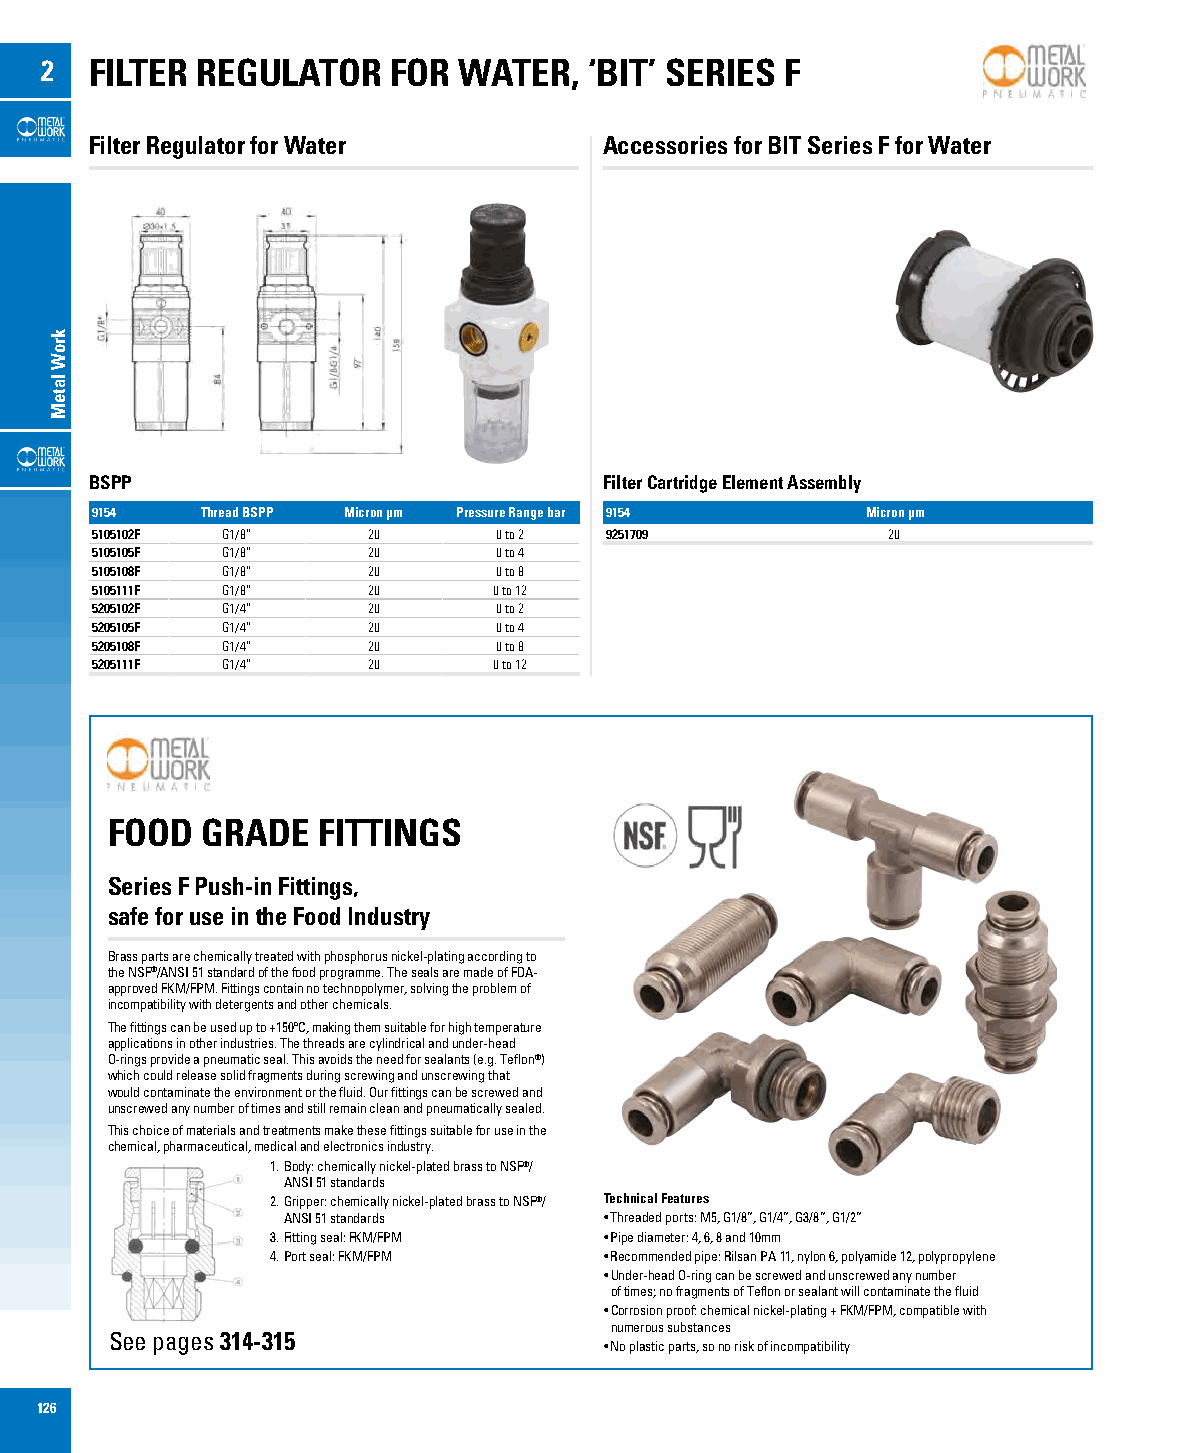
2  FILTER REGULATOR    FOR WATER,   ‘BIT’ SERIES F
 Filter Regulator for Water        Accessories for BIT Series F for Water
 BSPP                              Filter Cartridge Element Assembly
 9154   Thread BSPP Micron µm Pressure Range bar 9154 Micron µm
 5105102F G1/8”    20       0 to 2 9251709            20
 5105105F G1/8”    20       0 to 4
 5105108F G1/8”    20       0 to 8
 5105111F G1/8”    20       0 to 12
 5205102F G1/4”    20       0 to 2
 5205105F G1/4”    20       0 to 4
 5205108F G1/4”    20       0 to 8
 5205111F G1/4”    20       0 to 12
 FOOD  GRADE   FITTINGS
 Series F Push-in Fittings,
 safe for use in the Food Industry
 Brass parts are chemically treated with phosphorus nickel-plating according to
 the NSF®/ANSI 51 standard of the food programme. The seals are made of FDA-
 approved FKM/FPM. Fittings contain no technopolymer, solving the problem of
 incompatibility with detergents and other chemicals.
 The fittings can be used up to +150ºC, making them suitable for high temperature
 applications in other industries. The threads are cylindrical and under-head
 O-rings provide a pneumatic seal. This avoids the need for sealants (e.g. Teflon®)
 which could release solid fragments during screwing and unscrewing that
 would contaminate the environment or the fluid. Our fittings can be screwed and
 unscrewed any number of times and still remain clean and pneumatically sealed.
 This choice of materials and treatments make these fittings suitable for use in the
 chemical, pharmaceutical, medical and electronics industry.
 1. Body: chemically nickel-plated brass to NSF®/
 ANSI 51 standards
 2. Gripper: chemically nickel-plated brass to NSF®/ Technical Features
 ANSI 51 standards    • Threaded ports: M5, G1/8”, G1/4”, G3/8”, G1/2”
 3. Fitting seal: FKM/FPM • Pipe diameter: 4, 6, 8 and 10mm
 4. Port seal: FKM/FPM • Recommended pipe: Rilsan PA 11, nylon 6, polyamide 12, polypropylene
 • Under-head O-ring can be screwed and unscrewed any number
 of times; no fragments of Teflon or sealant will contaminate the fluid
 • Corrosion proof: chemical nickel-plating + FKM/FPM, compatible with
 numerous substances
 See pages 314-315
 • No plastic parts, so no risk of incompatibility
 126
 kroW
 lateM